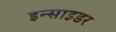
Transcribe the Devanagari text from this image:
इन्साइडर